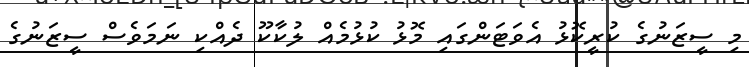
މި ސީޒަނުގެ ކުރީކޮޅު އެވަޓަންގައި މޮޅު ކުޅުމެއް ލުކާކޫ ދެއްކި ނަމަވެސް ސީޒަނުގެ